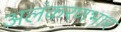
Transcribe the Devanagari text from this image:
अलंकरणभार